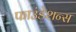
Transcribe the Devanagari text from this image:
फाउंडेशन्स